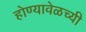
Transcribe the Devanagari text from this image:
होण्यावेळच्यी